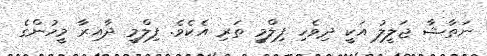
ނަތާޝާ ޖަލީލު އަކީ ދިވެހި ފިލްމީ ތަރި އެކެވެ. ފިލްމީ ދާއިރާ މީހުންގެ